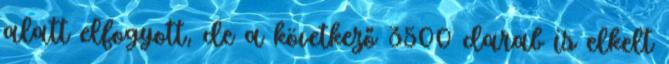
alatt elfogyott, de a következő 3500 darab is elkelt